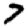
Digit: 7